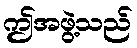
ဤအဖွဲ့သည်